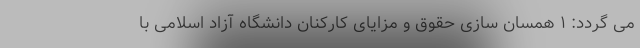
می گردد: ۱ همسان سازی حقوق و مزایای کارکنان دانشگاه آزاد اسلامی با